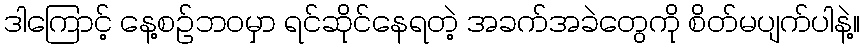
ဒါကြောင့် နေ့စဉ်ဘဝမှာ ရင်ဆိုင်နေရတဲ့ အခက်အခဲတွေကို စိတ်မပျက်ပါနဲ့။